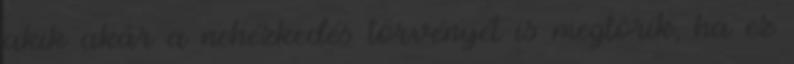
akik akár a nehézkedés törvényét is megtörik, ha ez